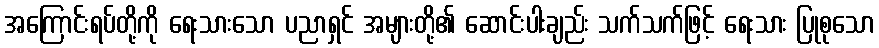
အကြောင်းရပ်တို့ကို ရေးသားသော ပညာရှင် အများတို့၏ ဆောင်းပါးချည်း သက်သက်ဖြင့် ရေးသား ပြုစုသော